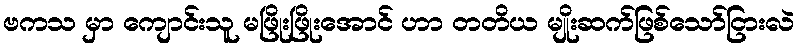
ဗကသ မှာ ကျောင်းသူ မဖြိုးဖြိုးအောင် ဟာ တတိယ မျိုးဆက်ဖြစ်သော်ငြားလဲ